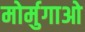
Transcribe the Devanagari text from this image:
मोर्मुगाओ